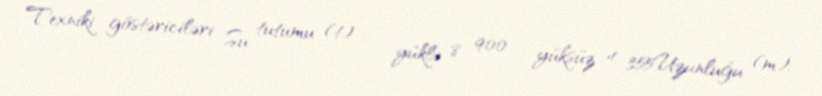
Texniki göstəriciləri Su tutumu (t) : - yüklə 8 900 - yüksüz 4 355Uzunluğu (m):